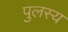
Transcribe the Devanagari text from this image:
पुलस्य